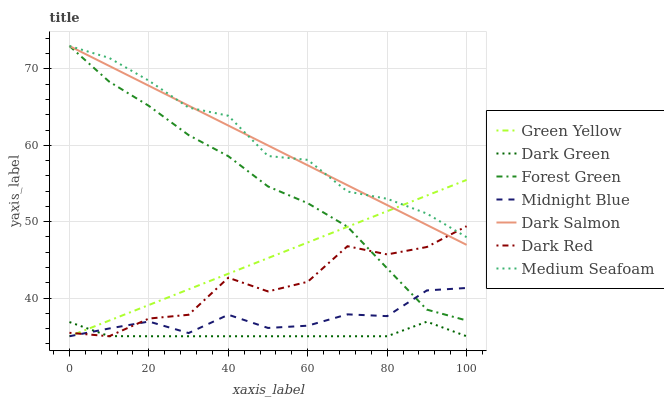
| xaxis_label | Green Yellow | Dark Green | Forest Green | Midnight Blue | Dark Salmon | Dark Red | Medium Seafoam |
 | --- | --- | --- | --- | --- | --- | --- | --- |
 | 0 | 35 | 36.9 | 73 | 35 | 73 | 35.5 | 73 |
 | 10 | 37 | 35 | 68.3 | 36 | 70.4 | 35 | 71.4 |
 | 20 | 39.1 | 35 | 65.2 | 36.9 | 67.8 | 37.3 | 68.5 |
 | 30 | 41.1 | 35 | 61.3 | 35.4 | 65.2 | 37.8 | 64.9 |
 | 40 | 43.2 | 35 | 58.6 | 37.8 | 62.6 | 42.7 | 63.9 |
 | 50 | 45.2 | 35 | 54.6 | 36.1 | 60 | 40.9 | 58.6 |
 | 60 | 47.3 | 35 | 52.4 | 36.4 | 57.4 | 42.1 | 58.1 |
 | 70 | 49.3 | 35 | 49.3 | 37.9 | 54.8 | 46.8 | 53.9 |
 | 80 | 51.4 | 35 | 43.9 | 37.6 | 52.2 | 45.7 | 53 |
 | 90 | 53.4 | 36.9 | 38.5 | 41 | 49.6 | 46.7 | 51.1 |
 | 100 | 55.5 | 35 | 37.1 | 41.3 | 47 | 49.4 | 48 |